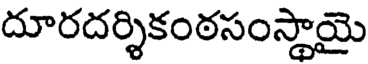
దూరదర్శికంఠసంస్థాయై